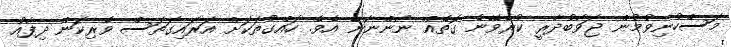
މަސްހުނިވުމުން ޖަވާބުދާރީ ކުރެވޭނެ ގޮތެއް ނޯންނާނެ އެވެ. ހައްގުތަކަށް އަރައިގަތަސް ވެރިކަން ދިފާއު